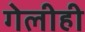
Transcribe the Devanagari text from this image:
गेलीही